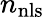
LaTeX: n_{\mathrm{{nls}}}